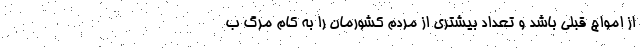
از امواج قبلی باشد و تعداد بیشتری از مردم کشورمان را به کام مرگ ب